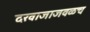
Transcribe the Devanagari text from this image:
दरवाजाजवळच